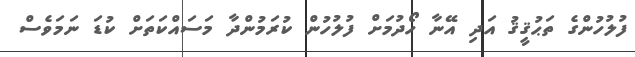
ފުލުހުންގެ ތަޙުޤީޤު އަދި އޭނާ ހޯދުމަށް ފުލުހުން ކުރަމުންދާ މަސައްކަތަށް ކުޑަ ނަމަވެސް